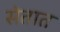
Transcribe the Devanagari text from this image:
सेतात